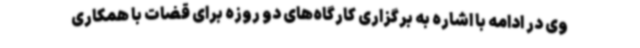
وی در ادامه با اشاره به برگزاری کارگاه‌های دو روزه برای قضات با همکاری